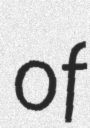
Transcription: of